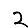
Digit: 2